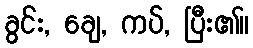
ခွင်း, ချေ, ကပ်, ပြီး၏။